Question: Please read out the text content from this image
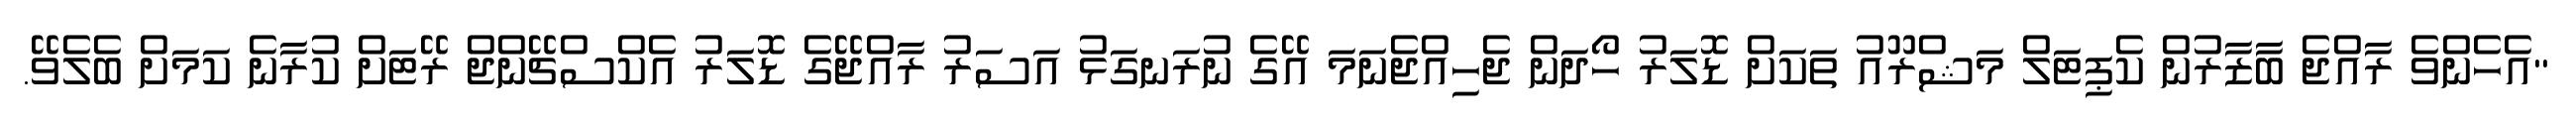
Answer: "އެހެންވެ ރާއްޖެ ބާޒާރުން ކެޕިޓަލް މަޝްރޫއު ތަކަށް ޑޮލަރު ހޯދަން ޖެހިއްޖެނަމަ އޭގެ ނުރަނގަޅު އަސަރު ރާއްޖޭގެ ޑޮލަރު އެކްސްޗޭންޖް ރޭޓަށް ކުރާނެ ކަމަށް ބެލެވޭ.